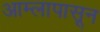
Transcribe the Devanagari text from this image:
आम्लापासून